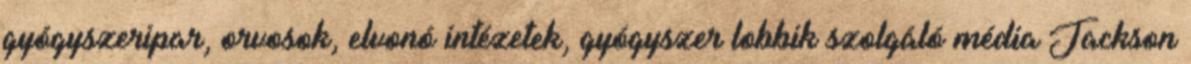
gyógyszeripar, orvosok, elvonó intézetek, gyógyszer lobbik szolgáló média Jackson